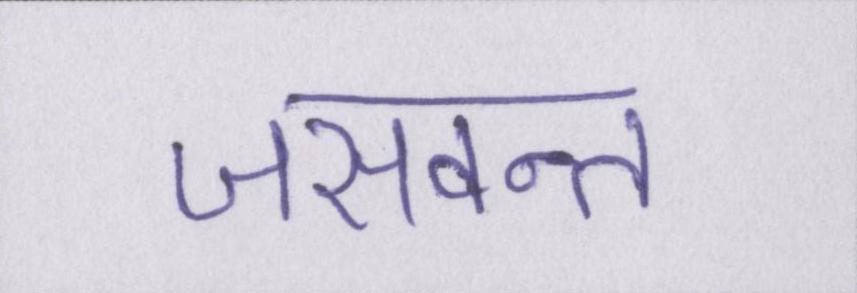
जसवन्त